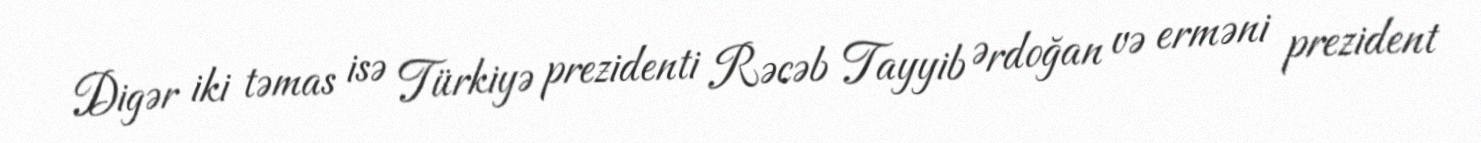
Digər iki təmas isə Türkiyə prezidenti Rəcəb Tayyib Ərdoğan və erməni prezident